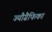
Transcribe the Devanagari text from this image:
ज्यौग्रैफिका